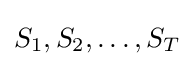
S_{1},S_{2},\ldots ,S_{T}